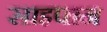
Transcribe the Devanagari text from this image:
साइपान